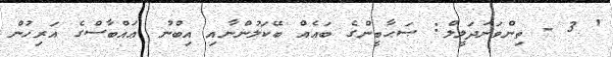
' 3 - ތިންވަނަދަލީލް: ޞަޙާބީންގެ ބައެއް ބޭކަލުންނާއި އިބްނު ޢައްބާސްގެ އަރިހުން